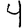
Digit: 4